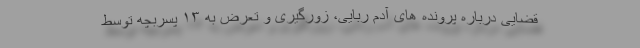
قضایی درباره پرونده های آدم ربایی، زورگیری و تعرض به ۱۳ پسربچه توسط